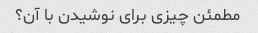
مطمئن چیزی برای نوشیدن با آن؟